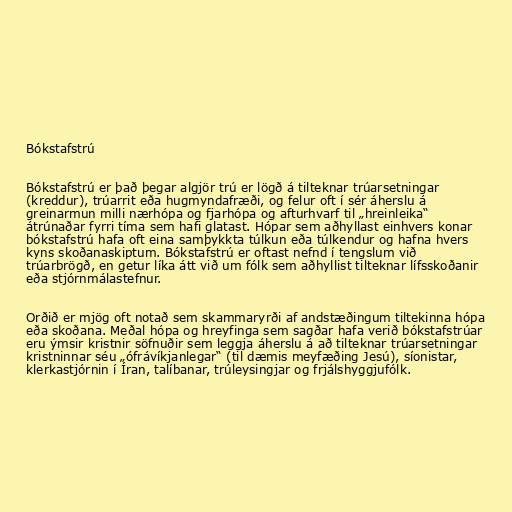
Bókstafstrú

Bókstafstrú er það þegar algjör trú er lögð á tilteknar trúarsetningar
(kreddur), trúarrit eða hugmyndafræði, og felur oft í sér áherslu á
greinarmun milli nærhópa og fjarhópa og afturhvarf til „hreinleika“
átrúnaðar fyrri tíma sem hafi glatast. Hópar sem aðhyllast einhvers konar
bókstafstrú hafa oft eina samþykkta túlkun eða túlkendur og hafna hvers
kyns skoðanaskiptum. Bókstafstrú er oftast nefnd í tengslum við
trúarbrögð, en getur líka átt við um fólk sem aðhyllist tilteknar lífsskoðanir
eða stjórnmálastefnur.

Orðið er mjög oft notað sem skammaryrði af andstæðingum tiltekinna hópa
eða skoðana. Meðal hópa og hreyfinga sem sagðar hafa verið bókstafstrúar
eru ýmsir kristnir söfnuðir sem leggja áherslu á að tilteknar trúarsetningar
kristninnar séu „ófrávíkjanlegar“ (til dæmis meyfæðing Jesú), síonistar,
klerkastjórnin í Íran, talíbanar, trúleysingjar og frjálshyggjufólk.